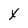
Character: X